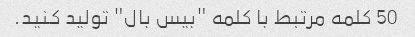
50 کلمه مرتبط با کلمه "بیس بال" تولید کنید.